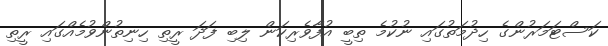
ކަސްޓަމަރުންގެ ހިދުމަތުގައި ނުކުމެ ތިބީ އުފާވެރިކަން ލިބި ފަދަ ރީތި ހިނިތުންވުމެއްގައި ރީތި